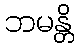
ဘမန္တိ